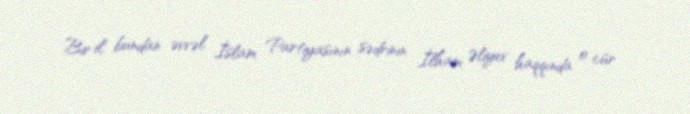
Bir il bundan əvvəl İslam Partiyasının sədrinin İlham Əliyev haqqında o cür